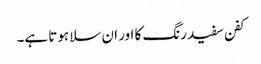
کفن سفید رنگ کا اور ان سلا ہوتا ہے۔